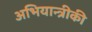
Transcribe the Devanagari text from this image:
अभियान्त्रीकी